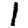
Digit: 1